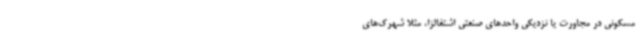
مسکونی در مجاورت یا نزدیکی واحدهای صنعتی اشتغالزا، مثلا شهرک‌های